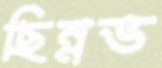
ছিন্নভ